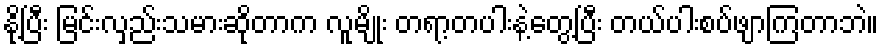
နို့ပြီး မြင်းလှည်းသမားဆိုတာက လူမျိုး တရာ့တပါးနဲ့တွေ့ပြီး တယ်ပါးစပ်ဖျာကြတာဘဲ။